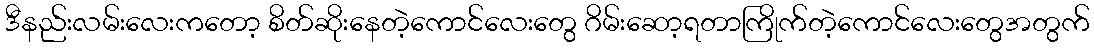
ဒီနည်းလမ်းလေးကတော့ စိတ်ဆိုးနေတဲ့ကောင်လေးတွေ ဂိမ်းဆော့ရတာကြိုက်တဲ့ကောင်လေးတွေအတွက်